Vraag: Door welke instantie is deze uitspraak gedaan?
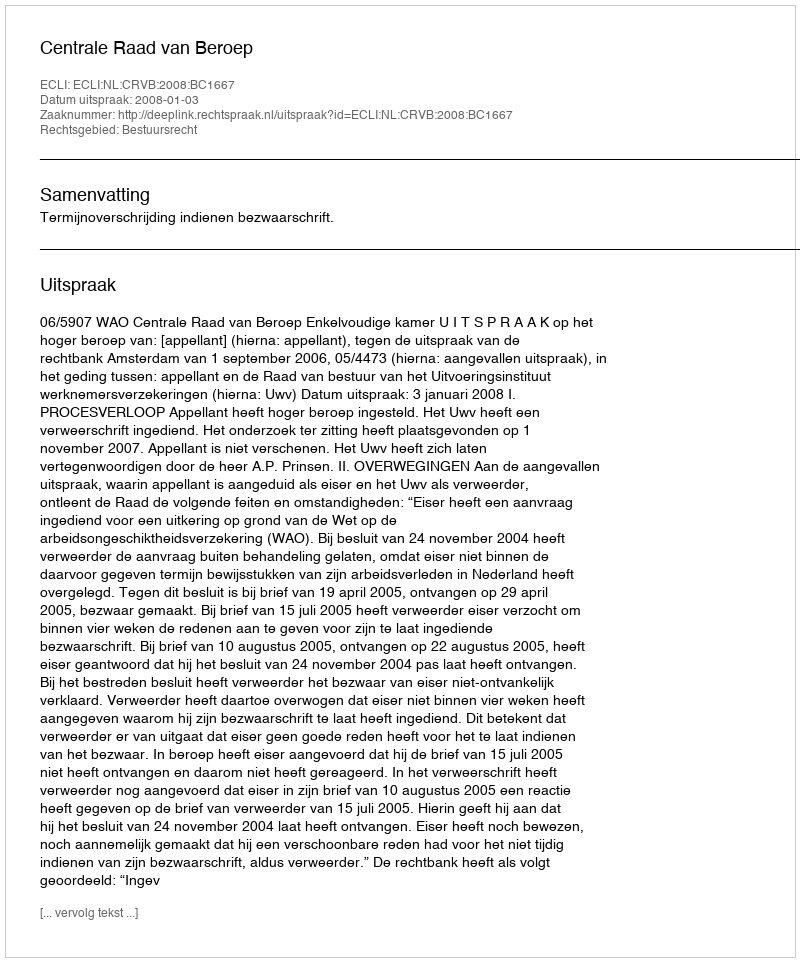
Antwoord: Centrale Raad van Beroep